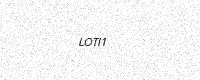
Text: LOTI1